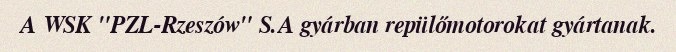
A WSK "PZL-Rzeszów" S.A gyárban repülőmotorokat gyártanak.